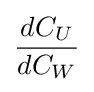
{\frac {dC_{U}}{dC_{W}}}